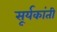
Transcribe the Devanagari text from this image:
सूर्यकांती